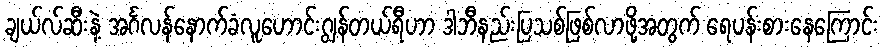
ချယ်လ်ဆီးနဲ့ အင်္ဂလန်နောက်ခံလူဟောင်းဂျွန်တယ်ရီဟာ ဒါဘီနည်းပြသစ်ဖြစ်လာဖို့အတွက် ရေပန်းစားနေကြောင်း